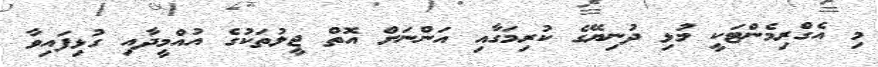
މި އެގްރިމެންޓަކީ މުޅި ދުނިޔޭގެ ކުރިމަގާއި އަންނަށް އޮތް ޖީލުތަކުގެ އުއްމީދާއި ގުޅިފައިވާ